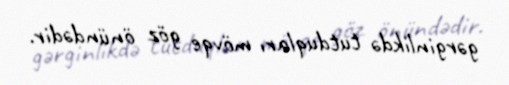
gərginlikdə tutduqları mövqe göz önündədir.